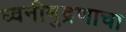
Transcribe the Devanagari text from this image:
ध्वनीमुद्रणाचा